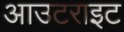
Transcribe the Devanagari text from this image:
आउटराइट